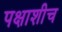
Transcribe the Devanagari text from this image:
पक्षाशीच